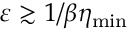
\varepsilon \gtrsim 1 / \beta \eta _ { \mathrm { m i n } }